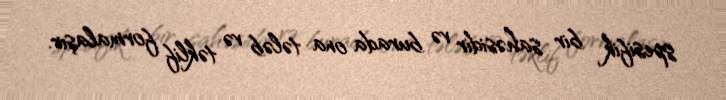
spesifik bir sahəsidir və burada ona tələb və təklif formalaşır.